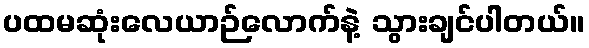
ပထမဆုံးလေယာဉ်လောက်နဲ့ သွားချင်ပါတယ်။